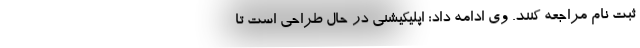
ثبت نام مراجعه کنند. وی ادامه داد: اپلیکیشنی در حال طراحی است تا